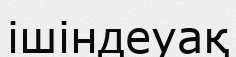
ішіндеуақ